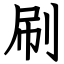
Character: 刷